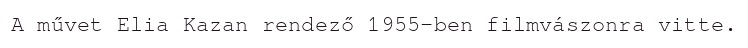
A művet Elia Kazan rendező 1955-ben filmvászonra vitte.